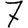
Digit: 7